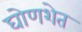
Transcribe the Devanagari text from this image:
घोणशेत